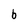
Character: b